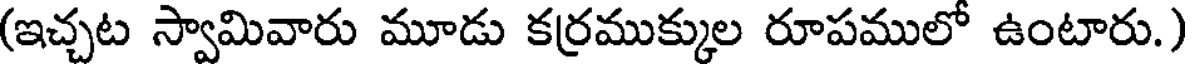
(ఇచ్చట స్వామివారు మూడు కర్రముక్కుల రూపములో ఉంటారు.)